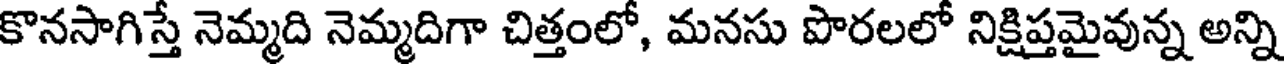
కొనసాగిస్తే నెమ్మది నెమ్మదిగా చిత్తంలో, మనసు పొరలలో నిక్షిప్తమైవున్న అన్ని